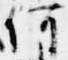
何